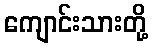
ကျောင်းသားတို့